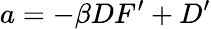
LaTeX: a=-\beta DF^{\prime}+D^{\prime}